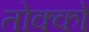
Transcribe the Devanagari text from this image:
तोक्को